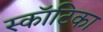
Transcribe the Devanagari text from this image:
स्कॉटिका